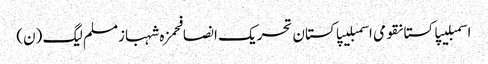
اسمبلیپاکستانقومی اسمبلیپاکستان تحریک انصافحمزہ شہبازمسلم لیگ (ن)